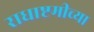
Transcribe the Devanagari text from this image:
राधाष्टमीच्या